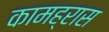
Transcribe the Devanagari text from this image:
कामह्रास